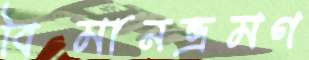
বিমানভ্রমণ